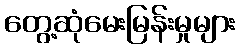
တွေ့ဆုံမေးမြန်းမှုများ